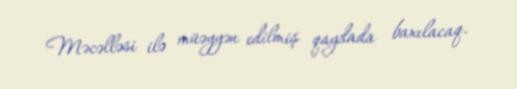
Məcəlləsi ilə müəyyən edilmiş qaydada baxılacaq.